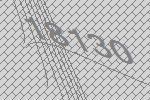
18130